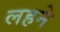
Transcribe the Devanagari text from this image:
लहने